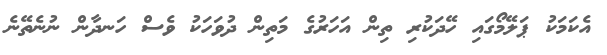
އެކަމަކު ޕަލޭމޯގައި ހޭދަކުރި ތިން އަހަރުގެ މަތިން ދުވަހަކު ވެސް ހަނދާން ނުނެތޭނެ